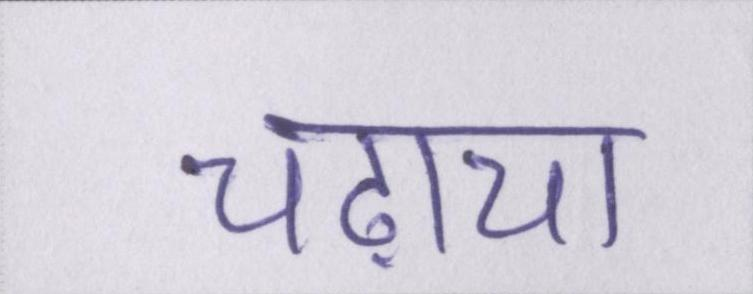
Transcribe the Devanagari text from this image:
चढ़ाया